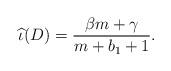
LaTeX: \begin{align*}\widehat{\iota}(D) = \frac{\beta m + \gamma}{m+b_1+1}.\end{align*}